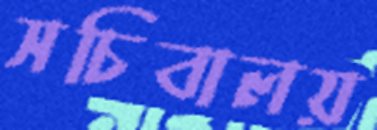
সচিবালয়